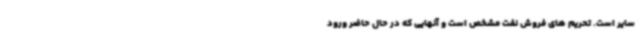
سایر است. تحریم های فروش نفت مشخص است و آنهایی که در حال حاضر ورود